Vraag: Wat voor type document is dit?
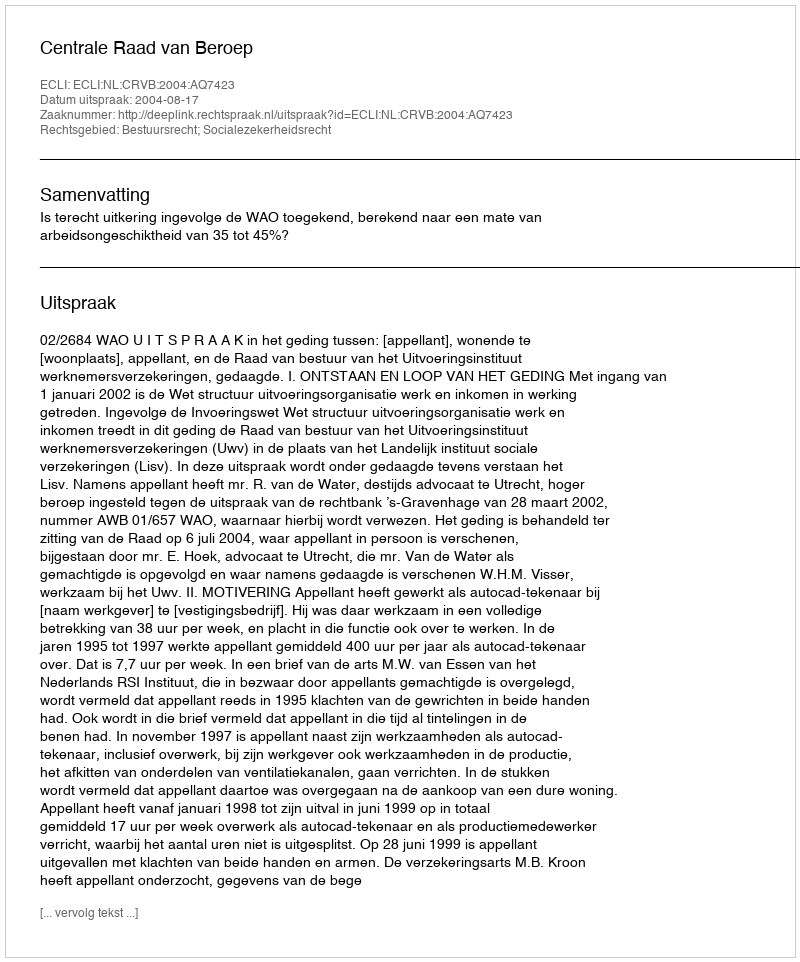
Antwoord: Uitspraak